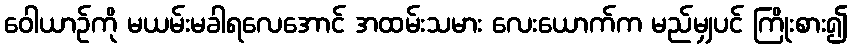
ဝေါယာဉ်ကို မယမ်းမခါရလေအောင် အထမ်းသမား လေးယောက်က မည်မျှပင် ကြိုးစား၍